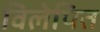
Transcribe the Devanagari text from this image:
विलेपित